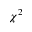
\chi ^ { 2 }